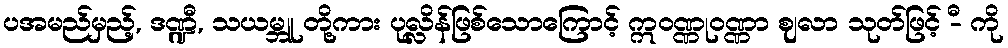
ပအမည်မှည့်, ဒဏ္ဍီ, သယမ္ဘူ တို့ကား ပုလ္လိန်ဖြစ်သောကြောင့် ဣဝဏ္ဏုဝဏ္ဏာ ဈလာ သုတ်ဖြင့် -ီ ကို